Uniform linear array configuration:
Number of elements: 8
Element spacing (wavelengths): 0.25
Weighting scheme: kaiser
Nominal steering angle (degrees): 60
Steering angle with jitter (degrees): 60.615
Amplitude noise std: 0.05
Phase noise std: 0.05

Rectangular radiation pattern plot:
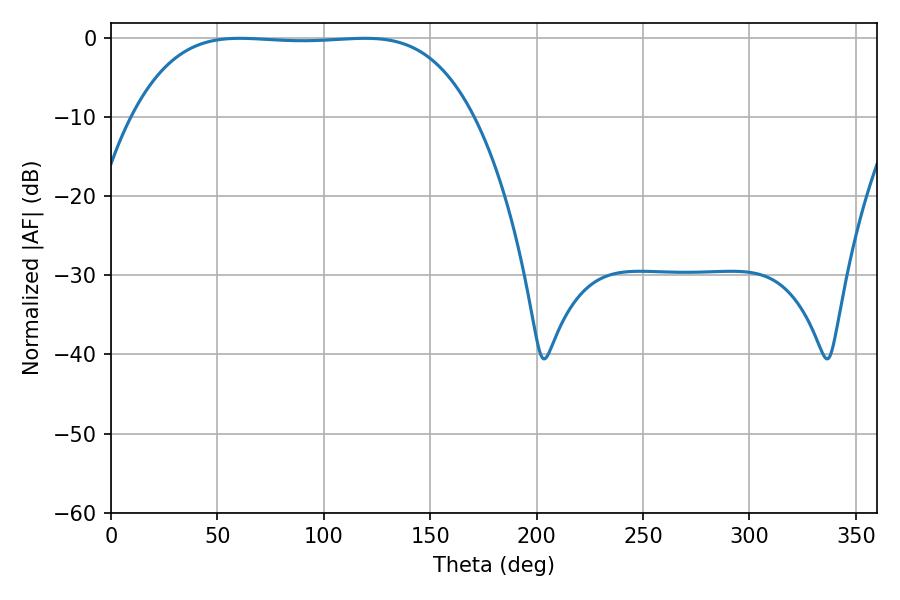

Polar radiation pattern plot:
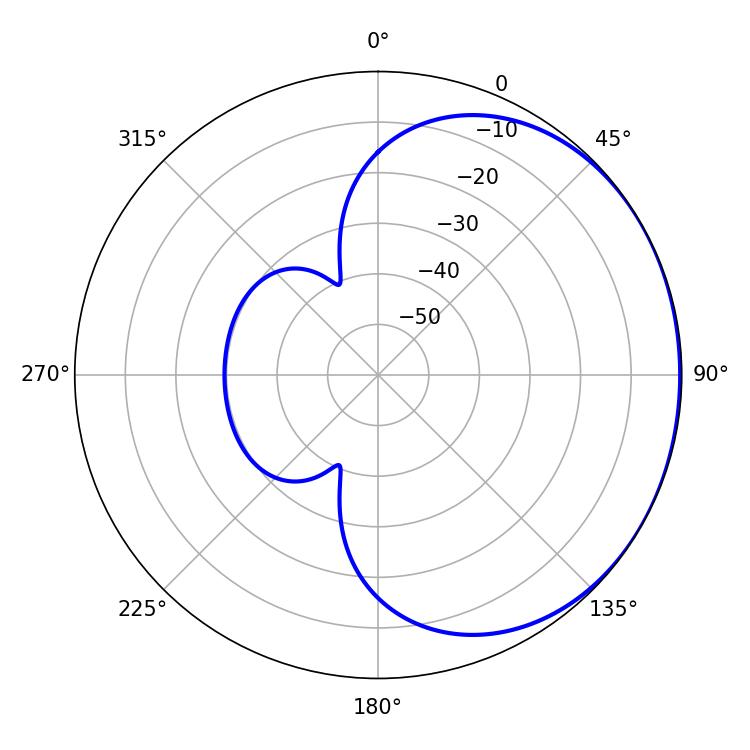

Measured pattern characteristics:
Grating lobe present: FALSE
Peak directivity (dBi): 0.7455
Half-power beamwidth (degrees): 123.84
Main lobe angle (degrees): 60.48